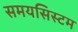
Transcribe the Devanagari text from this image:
समयसिस्टम